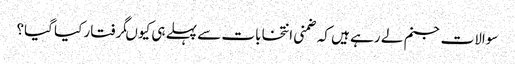
سوالات جنم لے رہے ہیں کہ ضمنی انتخابات سے پہلے ہی کیوںگرفتار کیا گیا؟